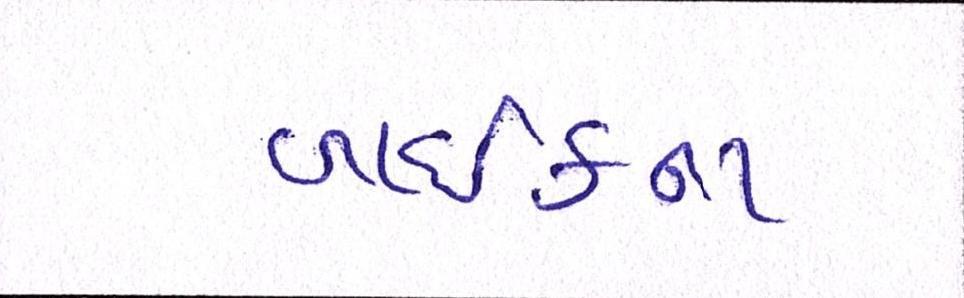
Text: બાઈકના